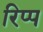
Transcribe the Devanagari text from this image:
रिप्प